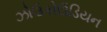
ઝોઉકોઉડિયન